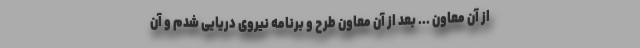
از آن معاون ... بعد از آن معاون طرح و برنامه نیروی دریایی شدم و آن